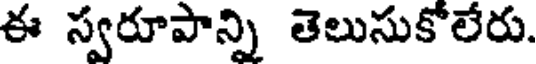
ఈ స్వరూపాన్ని తెలుసుకోలేరు.